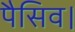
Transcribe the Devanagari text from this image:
पैसिव।